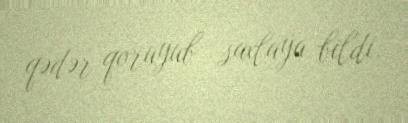
qədər qoruyub saxlaya bildi.